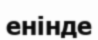
енінде